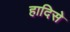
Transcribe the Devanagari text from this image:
हादिसे